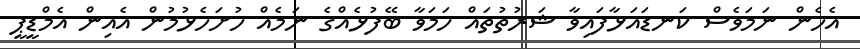
އެހެން ނަމަވެސް ކަނޑައަޅާފައިވާ ޝަރުތުތައް ހަމަވާ ބޭފުޅެއްގެ ނަމެއް ހުށަހެޅުމުން އެއިން އެމްޑީޕީ